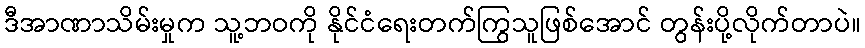
ဒီအာဏာသိမ်းမှုက သူ့ဘဝကို နိုင်ငံရေးတက်ကြွသူဖြစ်အောင် တွန်းပို့လိုက်တာပဲ။